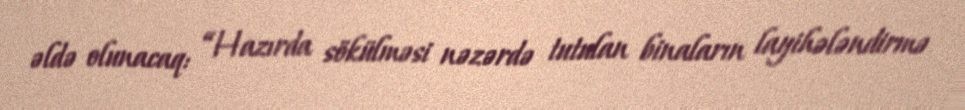
əldə olunacaq: “Hazırda sökülməsi nəzərdə tutulan binaların layihələndirmə